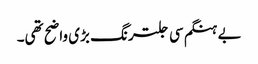
بے ہنگم سی جلترنگ بڑی واضح تھی۔